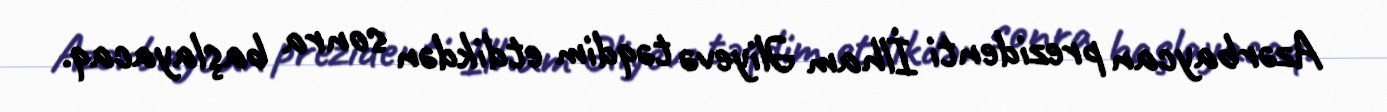
Azərbaycan prezidenti İlham Əliyevə təqdim etdikdən sonra başlayacaq.